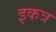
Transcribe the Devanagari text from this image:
इकत्र